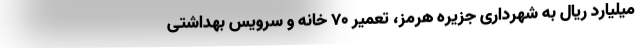
میلیارد ریال به شهرداری جزیره هرمز، تعمیر ۷۰ خانه و سرویس بهداشتی